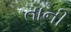
તાની